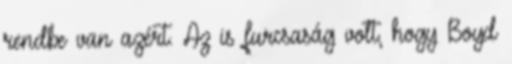
rendbe van azért. Az is furcsaság volt, hogy Boyd